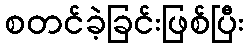
စတင်ခဲ့ခြင်းဖြစ်ပြီး